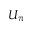
U _ { \pi }